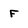
Character: F